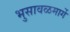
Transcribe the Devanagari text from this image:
भुसावळमार्गे